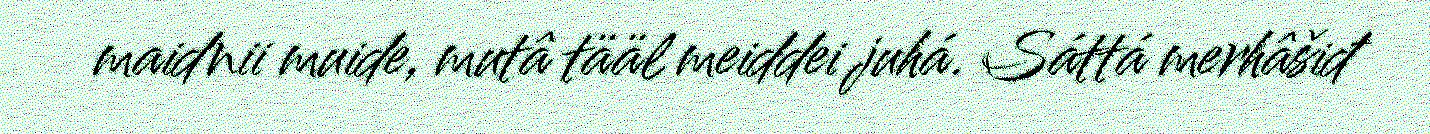
maidnii muide, mutâ tääl meiddei juhá. Sáttá merhâšiđ